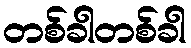
တစ်ခါတစ်ခါ